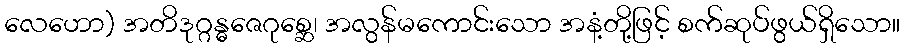
လေဟော) အတိဒုဂ္ဂန္ဓဇေဂုစ္ဆေ၊ အလွန်မကောင်းသော အနံ့တို့ဖြင့် စက်ဆုပ်ဖွယ်ရှိသော။